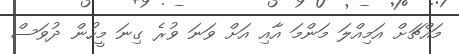
މައްޗަށް އަމިއްލަ މަންމަ އާއި އަށް ވަނަ ވުރެ ގިނަ މީހުން ދުވަސް